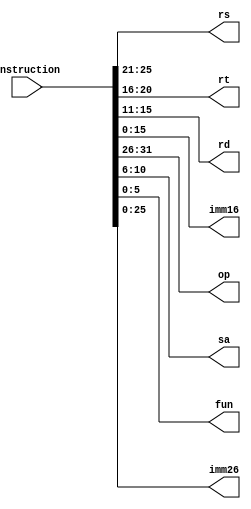
`timescale 1ns / 1ps
//////////////////////////////////////////////////////////////////////////////////
// Company: 
// Engineer: 
// 
// Design Name: 
// Module Name: decoder
// Project Name: 
// Target Devices: 
// Tool Versions: 
// Description: 
// 
// Dependencies: 
// 
// Revision:
// Revision 0.01 - File Created
// Additional Comments:
// 
//////////////////////////////////////////////////////////////////////////////////


module decoder(
    instruction, rs, rt, rd, imm16, op, sa, fun, imm26
    );
    input [31:0]instruction;
    output [4:0]rs;
    output [4:0]rt;
    output [4:0]rd;
    output [15:0]imm16;
    output [25:0]imm26;
    output [4:0]sa;
    output [5:0]op;
    output [5:0]fun;
    
    assign op = instruction[31:26];
    assign rs = instruction[25:21];
    assign rt = instruction[20:16];
    assign rd = instruction[15:11];
    assign sa = instruction[10:6];
    assign fun = instruction[5:0];
    assign imm16 = instruction[15:0];
    assign imm26 = instruction[25:0];
endmodule